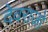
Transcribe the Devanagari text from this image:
देवराजो